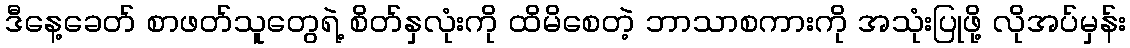
ဒီနေ့ခေတ် စာဖတ်သူတွေရဲ့ စိတ်နှလုံးကို ထိမိစေတဲ့ ဘာသာစကားကို အသုံးပြုဖို့ လိုအပ်မှန်း